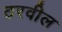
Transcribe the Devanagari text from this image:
ठरवील